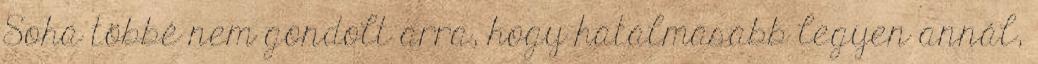
Soha többé nem gondolt arra, hogy hatalmasabb legyen annál,